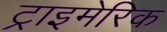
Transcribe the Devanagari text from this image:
ट्राइमेरिक